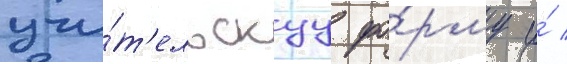
учи́т'ельскуу фо́рму и́ /